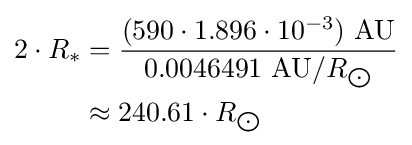
{\begin{aligned}2\cdot R_{*}&={\frac {(590\cdot 1.896\cdot 10^{-3})\ {\text{AU}}}{0.0046491\ {\text{AU}}/R_{\bigodot }}}\\&\approx 240.61\cdot R_{\bigodot }\end{aligned}}